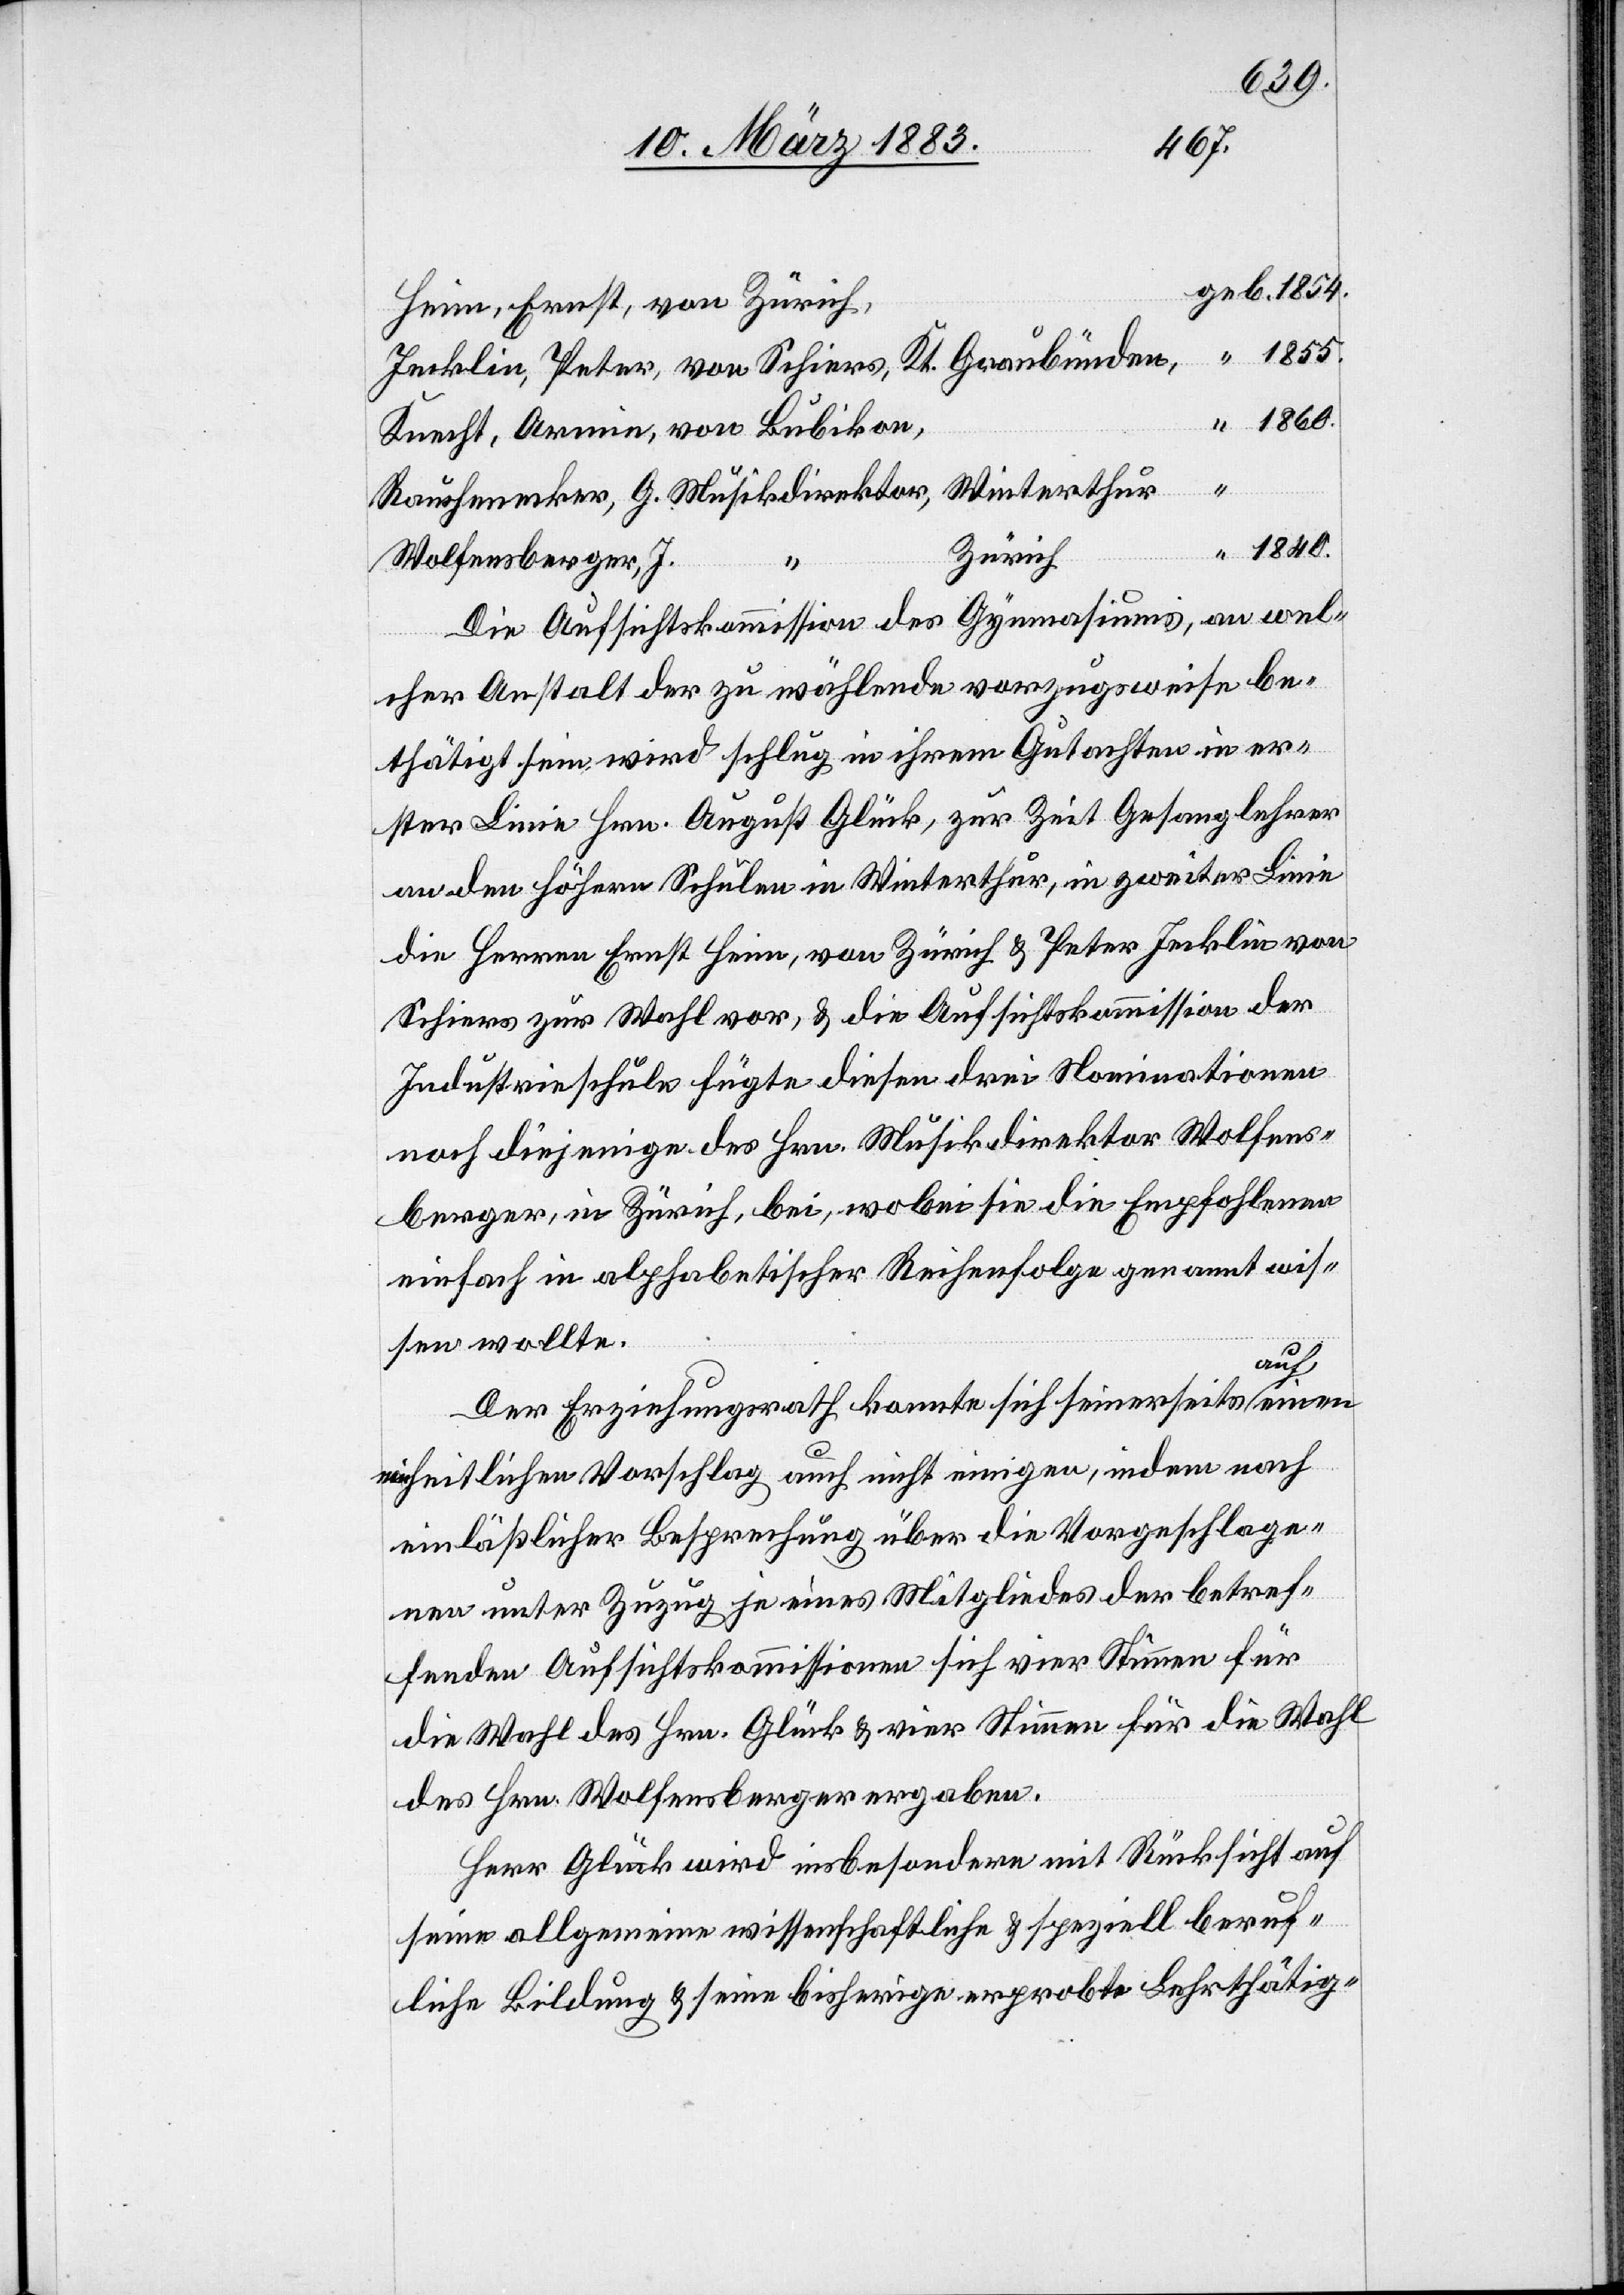
Antrages
wird
Zürich,
I.
Die Aufsichtskommission der genannten Anstal¬
als